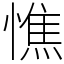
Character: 憔